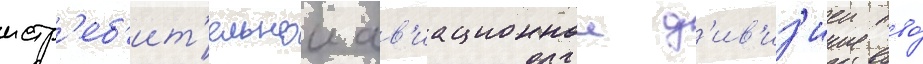
истр'еб'ит'ельнои ав'иационнои д'ив'из'иеи пво́